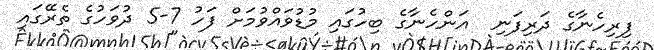
ފިރިހެނާގެ ދަރިފަނި  އަންހެނާގެ ބިހުގައި މުޑުވައްވުމަށް ފަހު 7-5 ދުވަހުގެ ތެރޭގައި